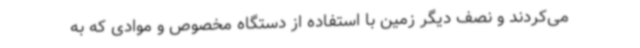
می‌کردند و نصف دیگر زمین با استفاده از دستگاه مخصوص و موادی که به